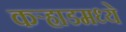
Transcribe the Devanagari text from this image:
कर्‍हाडमध्ये